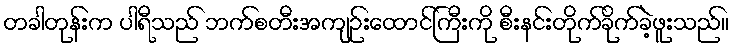
တခါတုန်းက ပါရီသည် ဘက်စတီးအကျဉ်းထောင်ကြီးကို စီးနင်းတိုက်ခိုက်ခဲ့ဖူးသည်။